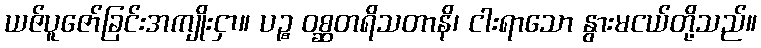
ယဇ်ပူဇော်ခြင်းအကျိုးငှာ။ ပဉ္စ ဝစ္ဆတရိသတာနိ၊ ငါးရာသော နွားမငယ်တို့သည်။